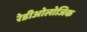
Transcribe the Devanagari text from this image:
रेडीओलोजिक